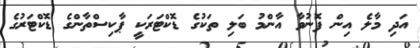
އަދި މާލެ އިން ފޮނުވާ އާންމު ބަލި ތަކުގެ ޑޮކްޓަރަކީ ޕާކިސްތާންގެ ޑޮކްޓަރުގެ